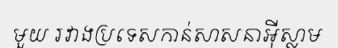
មួយ រវាងប្រទេសកាន់សាសនាអ៊ីស្លាម